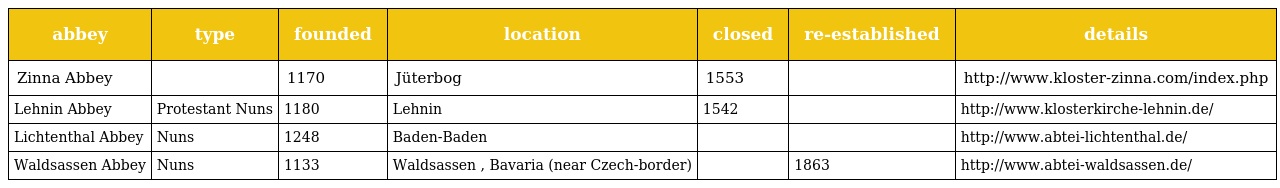
| abbey | type | founded | location | closed | re-established | details |
 | --- | --- | --- | --- | --- | --- | --- |
 | Zinna Abbey |  | 1170 | Jüterbog | 1553 |  | http://www.kloster-zinna.com/index.php |
 | Lehnin Abbey | Protestant Nuns | 1180 | Lehnin | 1542 |  | http://www.klosterkirche-lehnin.de/ |
 | Lichtenthal Abbey | Nuns | 1248 | Baden-Baden |  |  | http://www.abtei-lichtenthal.de/ |
 | Waldsassen Abbey | Nuns | 1133 | Waldsassen , Bavaria (near Czech-border) |  | 1863 | http://www.abtei-waldsassen.de/ |